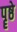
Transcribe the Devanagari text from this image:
पॄष्ठे